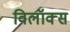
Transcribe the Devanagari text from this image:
विलॉक्स